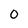
Character: 0